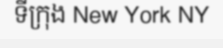
ទីក្រុង New York NY